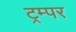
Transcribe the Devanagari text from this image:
ट्रम्पर